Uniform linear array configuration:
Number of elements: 8
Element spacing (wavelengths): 0.5
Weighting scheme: uniform
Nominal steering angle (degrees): -60
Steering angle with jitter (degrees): -61.399
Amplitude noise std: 0.05
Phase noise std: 0.05

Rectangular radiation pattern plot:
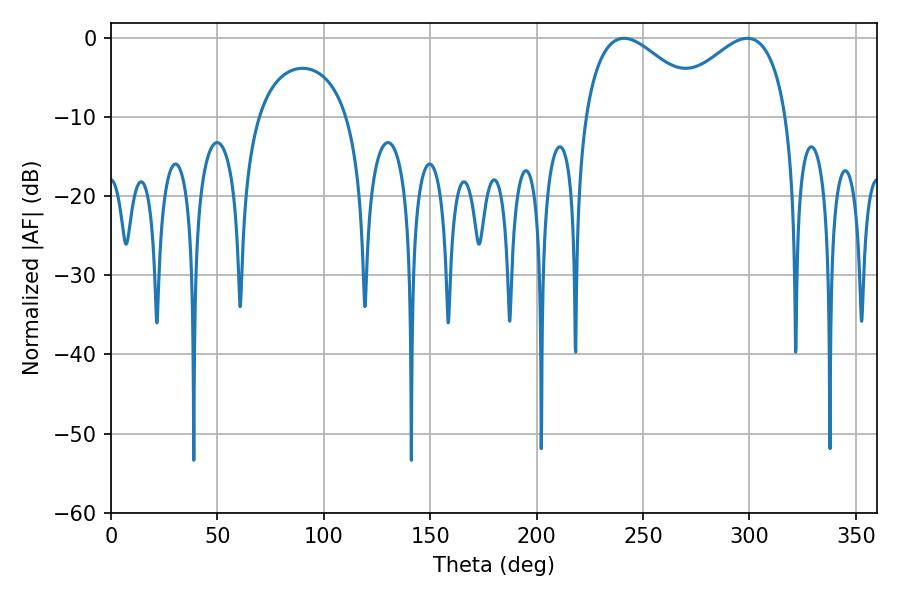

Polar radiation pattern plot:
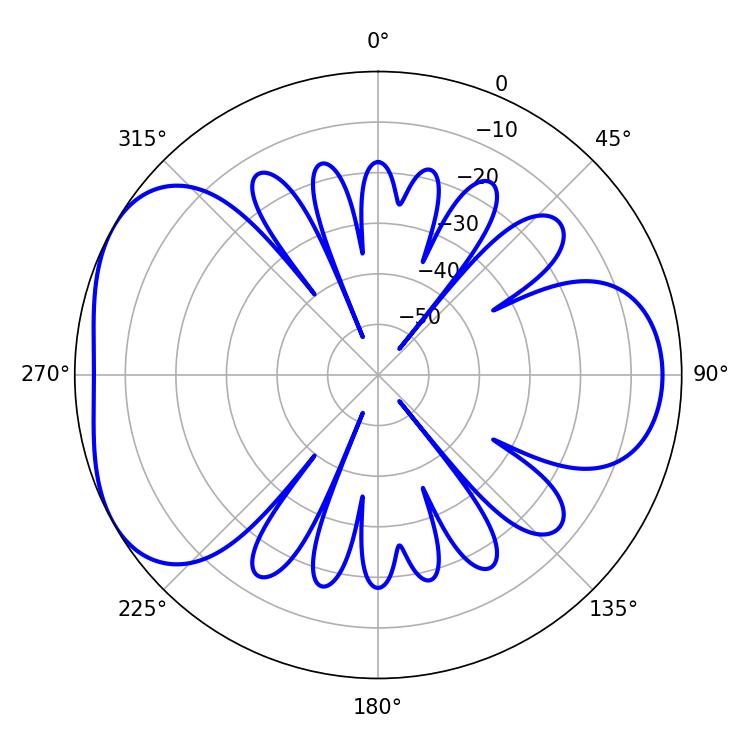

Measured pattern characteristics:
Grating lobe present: FALSE
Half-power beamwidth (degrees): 31.14
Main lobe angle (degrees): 241.02